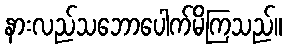
နားလည်သဘောပေါက်မိကြသည်။